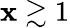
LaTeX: \mathbf{x}\gtrsim1